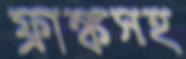
ফ্রাঙ্কসহ